Indian journal of veterinary science and animal husbandry - Volume 3,
Year: 1933
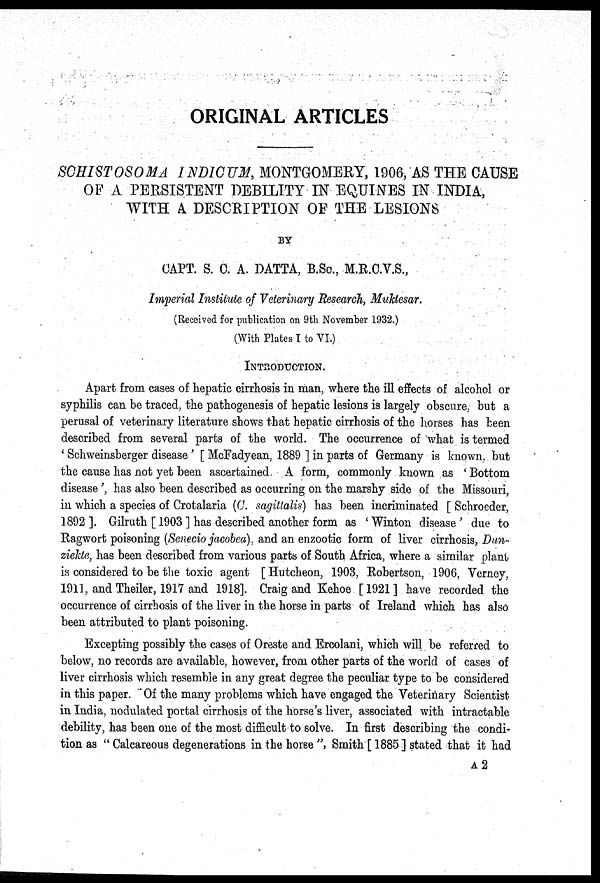
ORIGINAL ARTICLES
SCHISTOSOMA INDICUM, MONTGOMERY, 1906, AS THE CAUSE
OF A PERSISTENT DEBILITY IN EQUINES IN INDIA,
WITH A DESCRIPTION OF THE LESIONS
BY
CAPT. S. C. A. DATTA, B.Sc. M.R.C.V.S.,
Imperial Institute of Veterinary Research, Muktesar.
(Received for publication on 9th November 1932.)
(With Plates I to VI.)
INTRODUCTION.
Apart from cases of hepatic cirrhosis in man, where the ill effects of alcohol or
syphilis can be traced, the pathogenesis of hepatic lesions is largely obscure, but a
perusal of veterinary literature shows that hepatic cirrhosis of the horses has been
described from several parts of the world. The occurrence of what is termed
' Schweinsberger disease ' [ McFadyean, 1889 ] in parts of Germany is known, but
the cause has not yet been ascertained. A form, commonly known as ' Bottom
disease ', has also been described as occurring on the marshy side of the Missouri,
in which a species of Crotalaria (C. sagitlalis) has been incriminated [ Schroeder,
1892 ]. Gilruth [ 1903 ] has described another form as ' Winton disease ' due to
Ragwort poisoning (Senecio jacobca), and an enzootic form of liver cirrhosis, Dun¬
ziekte, has been described from various parts of South Africa, where a similar plant
is considered to be the toxic agent [Hutcheon, 1903, Robertson, 1906, Verney,
1911, and Theiler, 1917 and 1918]. Craig and Kehoe [1921] have recorded the
occurrence of cirrhosis of the liver in the horse in parts of Ireland which has also
been attributed to plant poisoning.
Excepting possibly the cases of Oreste and Ercolani, which will be referred to
below, no records are available, however, from other parts of the world of cases of
liver cirrhosis which resemble in any great degree the peculiar type to be considered
in this paper. Of the many problems which have engaged the Veterinary Scientist
in India, nodulated portal cirrhosis of the horse's liver, associated with intractable
debility, has been one of the most difficult to solve. In first describing the condi-
tion as " Calcareous degenerations in the horse ", Smith [ 1885 ] stated that it had
A 2